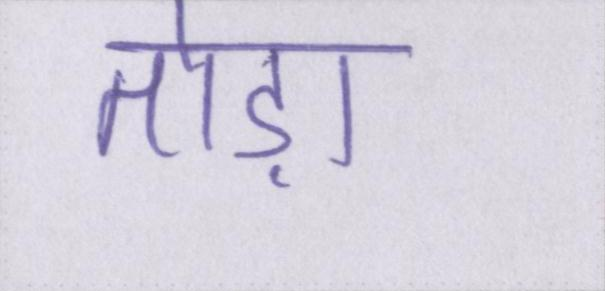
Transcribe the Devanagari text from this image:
तोड़ा